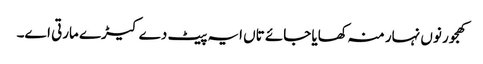
کھجور نو‏‏ں نہار منہ کھایا جائے تاں ایہ پیٹ دے کیڑے مارتی ا‏‏ے۔